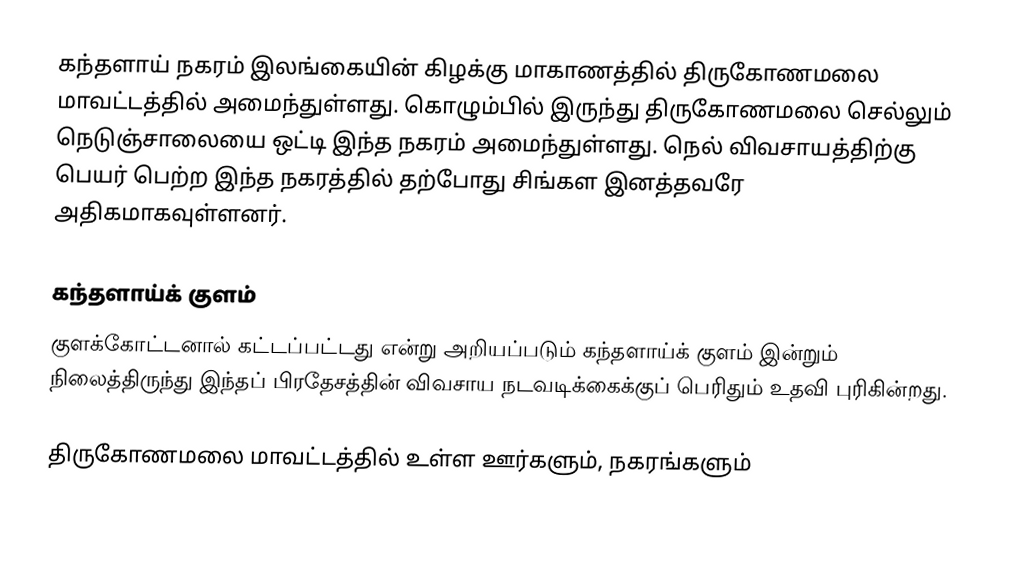
கந்தளாய் நகரம் இலங்கையின் கிழக்கு மாகாணத்தில் திருகோணமலை மாவட்டத்தில் அமைந்துள்ளது. கொழும்பில் இருந்து திருகோணமலை செல்லும் நெடுஞ்சாலையை ஒட்டி இந்த நகரம் அமைந்துள்ளது. நெல் விவசாயத்திற்கு பெயர் பெற்ற இந்த நகரத்தில் தற்போது சிங்கள இனத்தவரே அதிகமாகவுள்ளனர்.

கந்தளாய்க் குளம்
குளக்கோட்டனால் கட்டப்பட்டது என்று அறியப்படும் கந்தளாய்க் குளம் இன்றும் நிலைத்திருந்து இந்தப் பிரதேசத்தின் விவசாய நடவடிக்கைக்குப் பெரிதும் உதவி புரிகின்றது.

திருகோணமலை மாவட்டத்தில் உள்ள ஊர்களும், நகரங்களும்